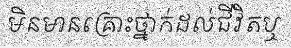
មិនមានគ្រោះថ្នាក់ដល់ជីវិតឬ